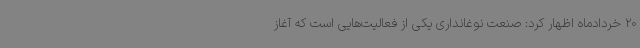
20 خردادماه اظهار کرد: صنعت نوغانداری یکی از فعالیت‌هایی است که آغاز